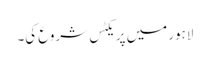
لاہور میں پریکٹس شروع کی۔